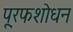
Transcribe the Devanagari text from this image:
पू्रफशोधन